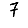
Digit: 7